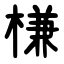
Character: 槏